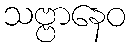
သဗ္ဗာနေဝ